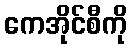
ကေအိုင်စီကို